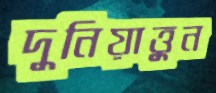
দুনিয়াত্তুন